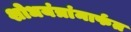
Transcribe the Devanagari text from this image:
शोधयंत्रांमार्फत